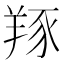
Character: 𦎇